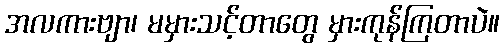
အလကားဗျာ၊ မမှားသင့်တာတွေ မှားကုန်ကြတာပဲ။